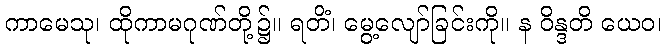
ကာမေသု၊ ထိုကာမဂုဏ်တို့၌။ ရတိံ၊ မွေ့လျော်ခြင်းကို။ န ဝိန္ဒတိ ယေဝ၊